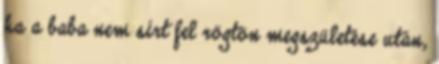
ha a baba nem sírt fel rögtön megszületése után,